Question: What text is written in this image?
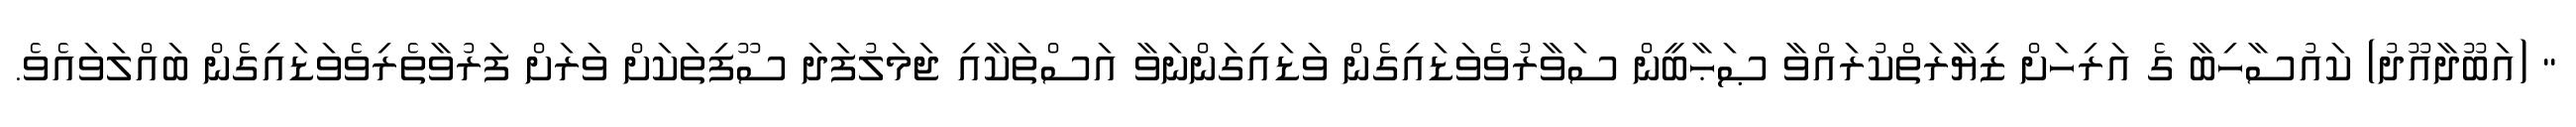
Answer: " (އަބޫދާއޫދު) ކައުސާހިބާ ގެ އަރިހަށް ޒިޔާރަތްކުރައްވާ ޞަޙާބީން ސަވާރުވެވަޑައިގެން ވަޑައިގަންނަވާ އަސްތަކާއި ޖަމަލުފަދަ ސޫފިތަކަށް ވަރަށް ފަރުވާތެރިވެވަޑައިގެން ބައްލަވައެވެ.